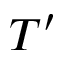
T ^ { \prime }